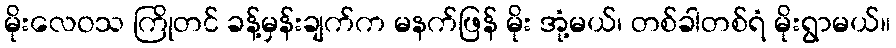
မိုးလေဝသ ကြိုတင် ခန့်မှန်းချက်က မနက်ဖြန် မိုး အုံ့မယ်၊ တစ်ခါတစ်ရံ မိုးရွာမယ်။